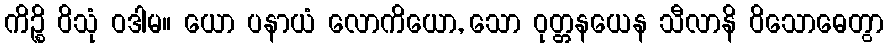
ကိဉ္စိ ဝိသုံ ဝဒါမ။ ယော ပနာယံ လောကိယော, သော ဝုတ္တနယေန သီလာနိ ဝိသောဓေတွာ